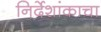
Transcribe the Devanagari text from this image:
निर्देशांकाचा